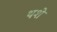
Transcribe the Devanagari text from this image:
थशे